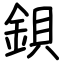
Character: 鋇